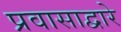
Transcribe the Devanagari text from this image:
प्रवासाद्वारे